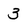
Character: 3